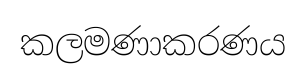
කලමණාකරණය